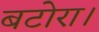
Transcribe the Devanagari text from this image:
बटोरा।